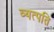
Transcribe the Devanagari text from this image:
व्यत्पति